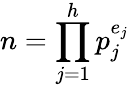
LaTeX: n=\prod_{j=1}^{h}p_{j}^{e_{j}}